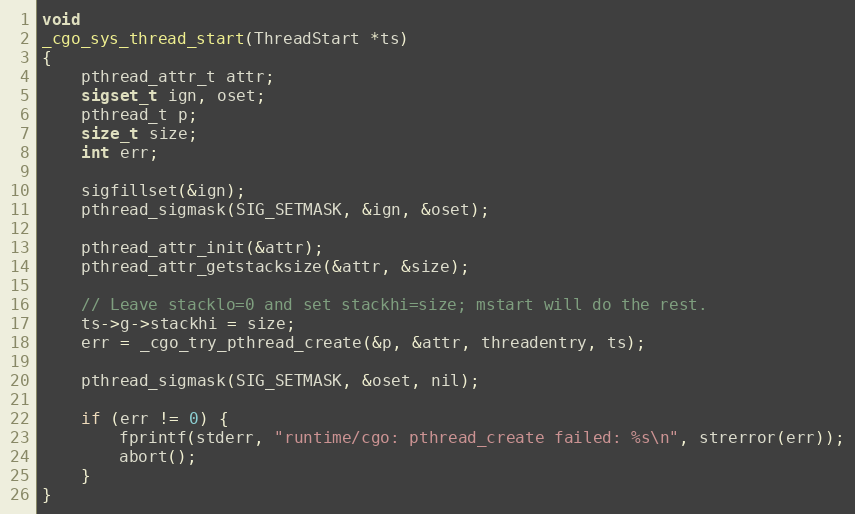
Language: C
void
_cgo_sys_thread_start(ThreadStart *ts)
{
	pthread_attr_t attr;
	sigset_t ign, oset;
	pthread_t p;
	size_t size;
	int err;

	sigfillset(&ign);
	pthread_sigmask(SIG_SETMASK, &ign, &oset);

	pthread_attr_init(&attr);
	pthread_attr_getstacksize(&attr, &size);

	// Leave stacklo=0 and set stackhi=size; mstart will do the rest.
	ts->g->stackhi = size;
	err = _cgo_try_pthread_create(&p, &attr, threadentry, ts);

	pthread_sigmask(SIG_SETMASK, &oset, nil);

	if (err != 0) {
		fprintf(stderr, "runtime/cgo: pthread_create failed: %s\n", strerror(err));
		abort();
	}
}